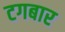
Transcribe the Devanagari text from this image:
टगबार